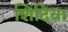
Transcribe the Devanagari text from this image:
शिंदिया